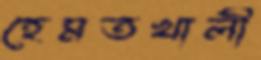
হেমতখালী